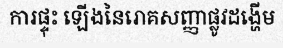
ការផ្ទុះ ឡើងនៃរោគសញ្ញាផ្លូវដង្ហើម